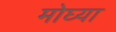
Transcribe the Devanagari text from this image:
मोघ्या